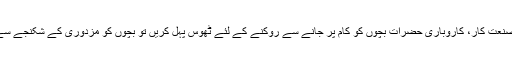
اگر سماج، سرکار، صنعت کار، کاروباری حضرات بچوں کو کام پر جانے سے روکنے کے لئے ٹھوس پہل کریں تو بچوں کو مزدوری کے شکنجے سے بچایا جا سکتا ہے ۔